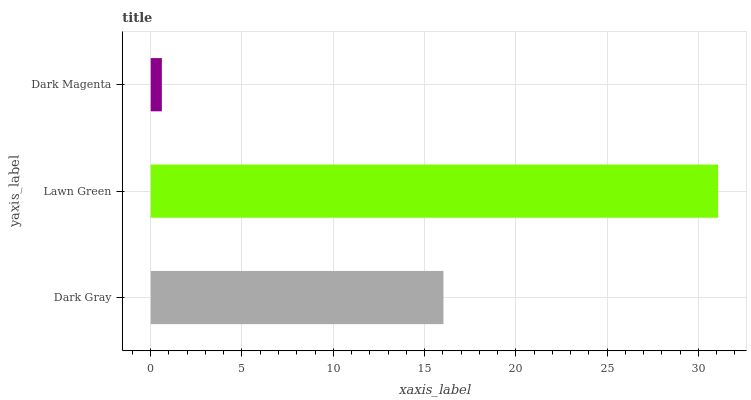
| yaxis_label | bars |
 | --- | --- |
 | Dark Gray | 16 |
 | Lawn Green | 31.1 |
 | Dark Magenta | 0.611 |